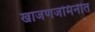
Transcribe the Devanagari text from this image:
खाजणजमिनीत